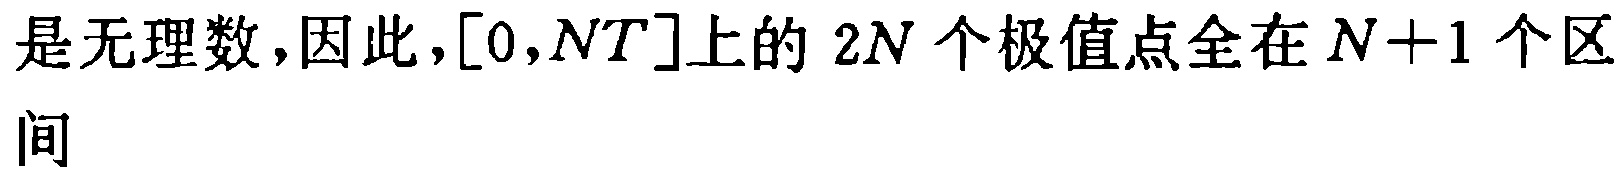
是无理数,因此,$[0,NT]$上的 \(2N\) 个极值点全在 \(N + 1\) 个区\\间